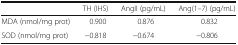
|  | TH (IHS) | AngII (pg/mL) | Ang(1–7) (pg/mL) |
 | --- | --- | --- | --- |
 | MDA (nmol/mg prot) | 0.900 | 0.876 | 0.832 |
 | SOD (nmol/mg prot) | −0.818 | −0.674 | −0.806 |